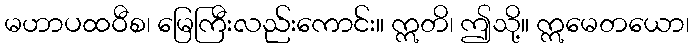
မဟာပထဝီစ၊ မြေကြီးလည်းကောင်း။ ဣတိ၊ ဤသို့။ ဣမေတယော၊